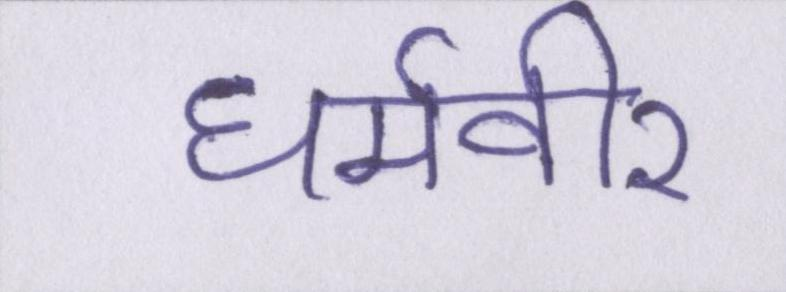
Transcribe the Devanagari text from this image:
धर्मवीर